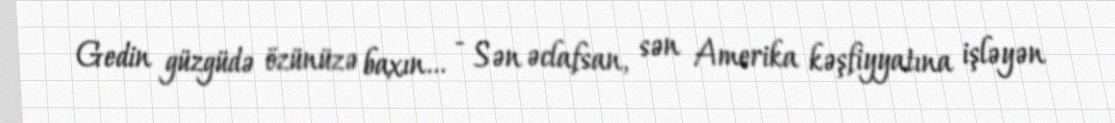
Gedin güzgüdə özünüzə baxın... - Sən əclafsan, sən Amerika kəşfiyyatına işləyən